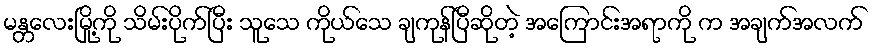
မန္တလေးမြို့ကို သိမ်းပိုက်ပြီး သူသေ ကိုယ်သေ ချကုန်ပြီဆိုတဲ့ အကြောင်းအရာကို က အချက်အလက်